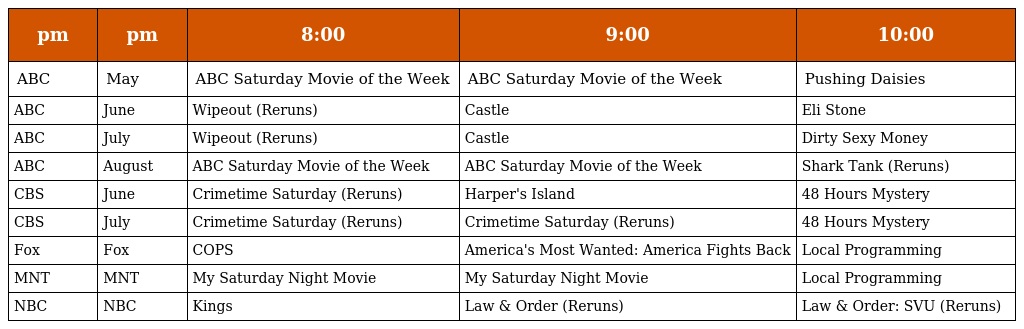
| pm | pm | 8:00 | 9:00 | 10:00 |
 | --- | --- | --- | --- | --- |
 | ABC | May | ABC Saturday Movie of the Week | ABC Saturday Movie of the Week | Pushing Daisies |
 | ABC | June | Wipeout (Reruns) | Castle | Eli Stone |
 | ABC | July | Wipeout (Reruns) | Castle | Dirty Sexy Money |
 | ABC | August | ABC Saturday Movie of the Week | ABC Saturday Movie of the Week | Shark Tank (Reruns) |
 | CBS | June | Crimetime Saturday (Reruns) | Harper's Island | 48 Hours Mystery |
 | CBS | July | Crimetime Saturday (Reruns) | Crimetime Saturday (Reruns) | 48 Hours Mystery |
 | Fox | Fox | COPS | America's Most Wanted: America Fights Back | Local Programming |
 | MNT | MNT | My Saturday Night Movie | My Saturday Night Movie | Local Programming |
 | NBC | NBC | Kings | Law & Order (Reruns) | Law & Order: SVU (Reruns) |